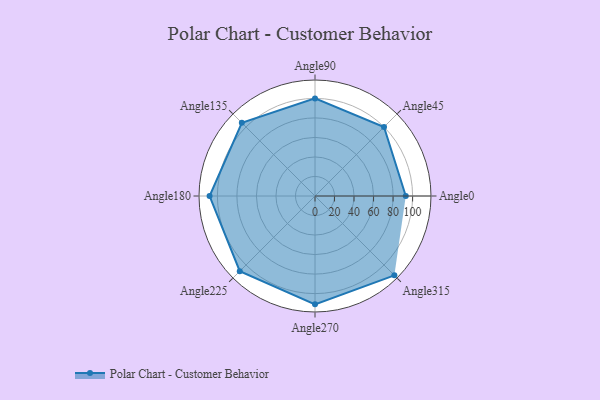
{"axis": {"x": "Angle", "y": "Radius"}, "legend": [""], "data": [{"x": "Angle0", "y": 93.0, "type": ""}, {"x": "Angle45", "y": 100.0, "type": ""}, {"x": "Angle90", "y": 100.0, "type": ""}, {"x": "Angle135", "y": 106.0, "type": ""}, {"x": "Angle180", "y": 108.0, "type": ""}, {"x": "Angle225", "y": 109.0, "type": ""}, {"x": "Angle270", "y": 111.0, "type": ""}, {"x": "Angle315", "y": 115.0, "type": ""}]}